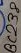
Text: BC238